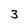
Character: 3